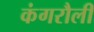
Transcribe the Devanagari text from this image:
कंगरौली